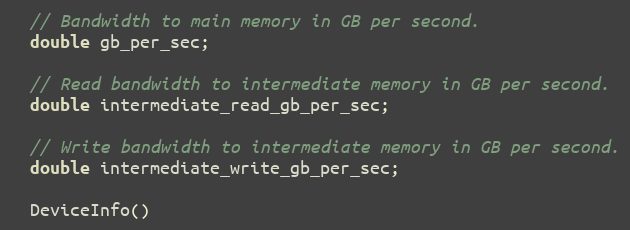
Language: C
  // Bandwidth to main memory in GB per second.
  double gb_per_sec;

  // Read bandwidth to intermediate memory in GB per second.
  double intermediate_read_gb_per_sec;

  // Write bandwidth to intermediate memory in GB per second.
  double intermediate_write_gb_per_sec;

  DeviceInfo()